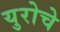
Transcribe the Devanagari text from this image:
युरोचे